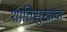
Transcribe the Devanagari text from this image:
शांतिसुखाचा